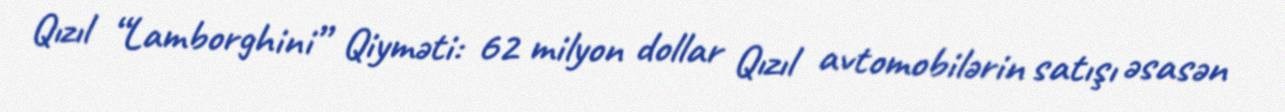
Qızıl “Lamborghini” Qiyməti: 62 milyon dollar Qızıl avtomobilərin satışı əsasən